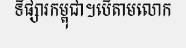
ទីផ្សារកម្ពុជា។បើតាមលោក